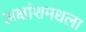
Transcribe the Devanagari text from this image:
अक्षांशमधला